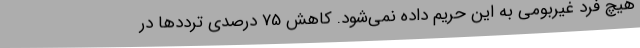
هیچ فرد غیربومی به این حریم داده نمی‌شود. کاهش 75 درصدی ترددها در